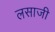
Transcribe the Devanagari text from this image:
लसाजी